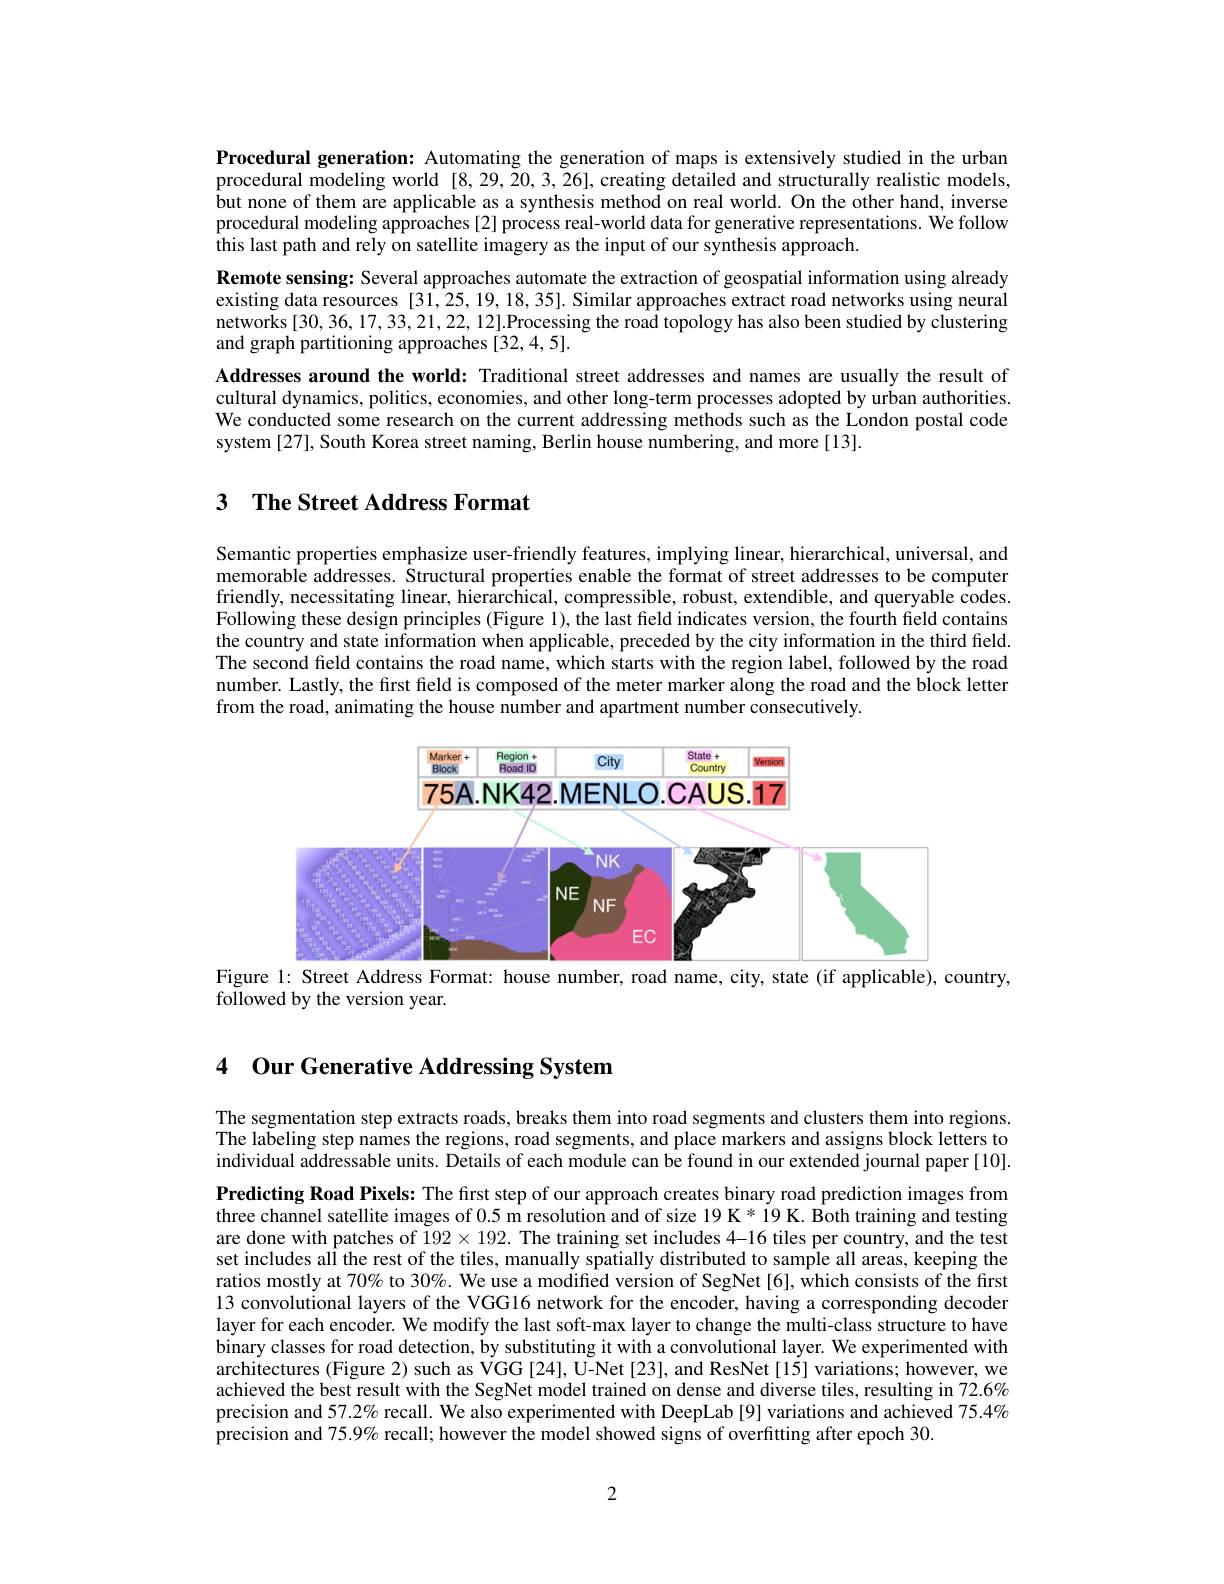
Procedural generation: Automating the generation of maps is extensively studied in the urban procedural modeling world [8,29,20,3,26],creating detailed and structurally realistic models, but none of them are applicable as a synthesis method on real world. On the other hand, inverse procedural modeling approaches [2] process real-world data for generative representations. We follow $\hat{\text{this last path and rely on satellite imagery as the input of our synthesis approach.}}$
Remote sensing: Several approaches automate the extraction of geospatial information using already existing data resources [31,25,19,18,35]. Similar approaches extract road networks using neural networks [30,36,17,33,21,22,12].Processing the road topology has also been studied by clustering and graph partitioning approaches [32,4,5].
Addresses around the world: Traditional street addresses and names are usually the result of cultural dynamics, politics, economies, and other long-term processes adopted by urban authorities. We conducted some research on the current addressing methods such as the London postal code system [27], South Korea street naming, Berlin house numbering, and more [13].

# 3 The Street Address Format

Semantic properties emphasize user-friendly features, implying linear, hierarchical, universal, and memorable addresses. Structural properties enable the format of street addresses to be computer friendly, necessitating linear, hierarchical, compressible, robust, extendible, and queryable codes. Following these design principles (Figure 1), the last field indicates version, the fourth field contains the country and state information when applicable, preceded by the city information in the third field. The second field contains the road name, which starts with the region label, followed by the road number. Lastly, the first field is composed of the meter marker along the road and the block letter from the road, animating the house number and apartment number consecutively.

<FigureHere>
Figure 1: Street Address Format: house number, road name, city, state (if applicable), country,

followed by the version year.

## 4 Our Generative Addressing System

The segmentation step extracts roads, breaks them into road segments and clusters them into regions. The labeling step names the regions, road segments, and place markers and assigns block letters to individual addressable units. Details of each module can be found in our extended journal paper [10].

Predicting Road Pixels: The first step of our approach creates binary road prediction images from three channel satellite images of 0.5 m resolution and of size 19 K * 19 K. Both training and testing are done with patches of $192\times192.$ The training set includes 4-16 tiles per country, and the test set includes all the rest of the tiles, manually spatially distributed to sample all areas, keeping the ratios mostly at $70\%$ to 30%. We use a modified version of SegNet[6], which consists of the first 13 convolutional layers of the VGG16 network for the encoder, having a corresponding decoder layer for each encoder. We modify the last soft-max layer to change the multi-class structure to have binary classes for road detection, by substituting it with a convolutional layer. We experimented with architectures (Figure 2) such as VGG[24], U-Net[23], and ResNet[15] variations; however, we achieved the best result with the SegNet model trained on dense and diverse tiles, resulting in 72.6% precision and $57.2\%$ recall. We also experimented with DeepLab [9] variations and achieved 75.4% precision and 75.9% recall; however the model showed signs of overfitting after epoch 30.

2